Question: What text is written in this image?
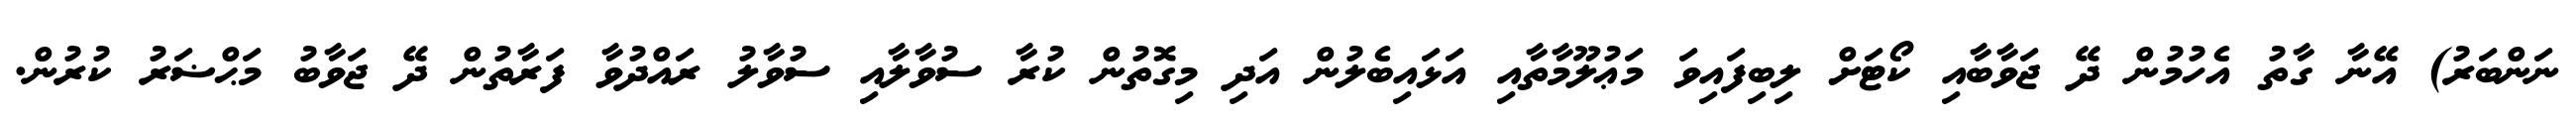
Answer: ނަންބަރު) އޭނާ ގާތު އެހުމުން ދޭ ޖަވާބާއި ކޯޓަށް ލިބިފައިވަ މަޢުލޫމާތާއި އަޅައިބެލުން އަދި މިގޮތުން ކުރާ ސުވާލާއި ސުވާލު ރައްދުވާ ފަރާތުން ދޭ ޖަވާބު މަޙްޟަރު ކުރުން.